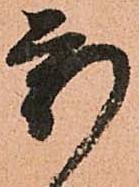
新